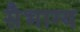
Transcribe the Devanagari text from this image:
सैभाग्य